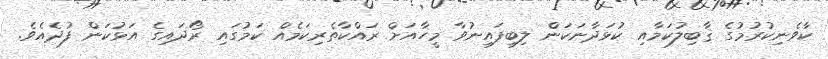
ކާވެނިކުރުމުގެ ޤާބިލުކަމާއި ކުޅަދާނަކަން ލިބިފައިނުވާ މީހާއަށް ރައްކާތެރިކަމެއް ކަމުގައި ރޯދައިގެ އަޅުކަން ފުދެއެވެ.